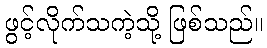
ဖွင့်လိုက်သကဲ့သို့ ဖြစ်သည်။